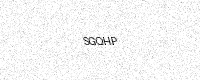
Text: SGQHP